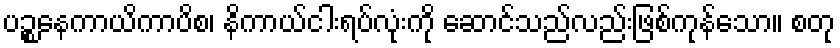
ပဉ္စနေကာယိကာပိစ၊ နိကာယ်ငါးရပ်လုံးကို ဆောင်သည်လည်းဖြစ်ကုန်သော။ စတု